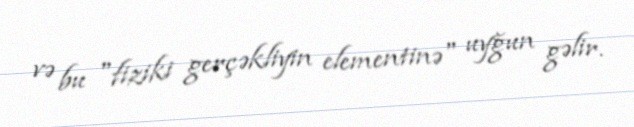
və bu "fiziki gerçəkliyin elementinə" uyğun gəlir.